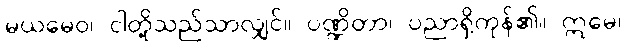
မယမေဝ၊ ငါတို့သည်သာလျှင်။ ပဏ္ဍိတာ၊ ပညာရှိကုန်၏။ ဣမေ၊